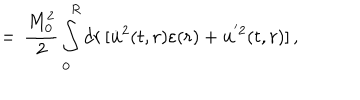
= \, \frac { M _ { 0 } ^ { 2 } } { 2 } \int _ { 0 } ^ { R } d r \, [ \dot { \bf u } ^ { 2 } ( t , r ) \varepsilon ( r ) + { \bf u } ^ { ' 2 } ( t , r ) ] \, { , }